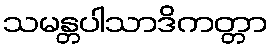
သမန္တပါသာဒိကတ္တာ